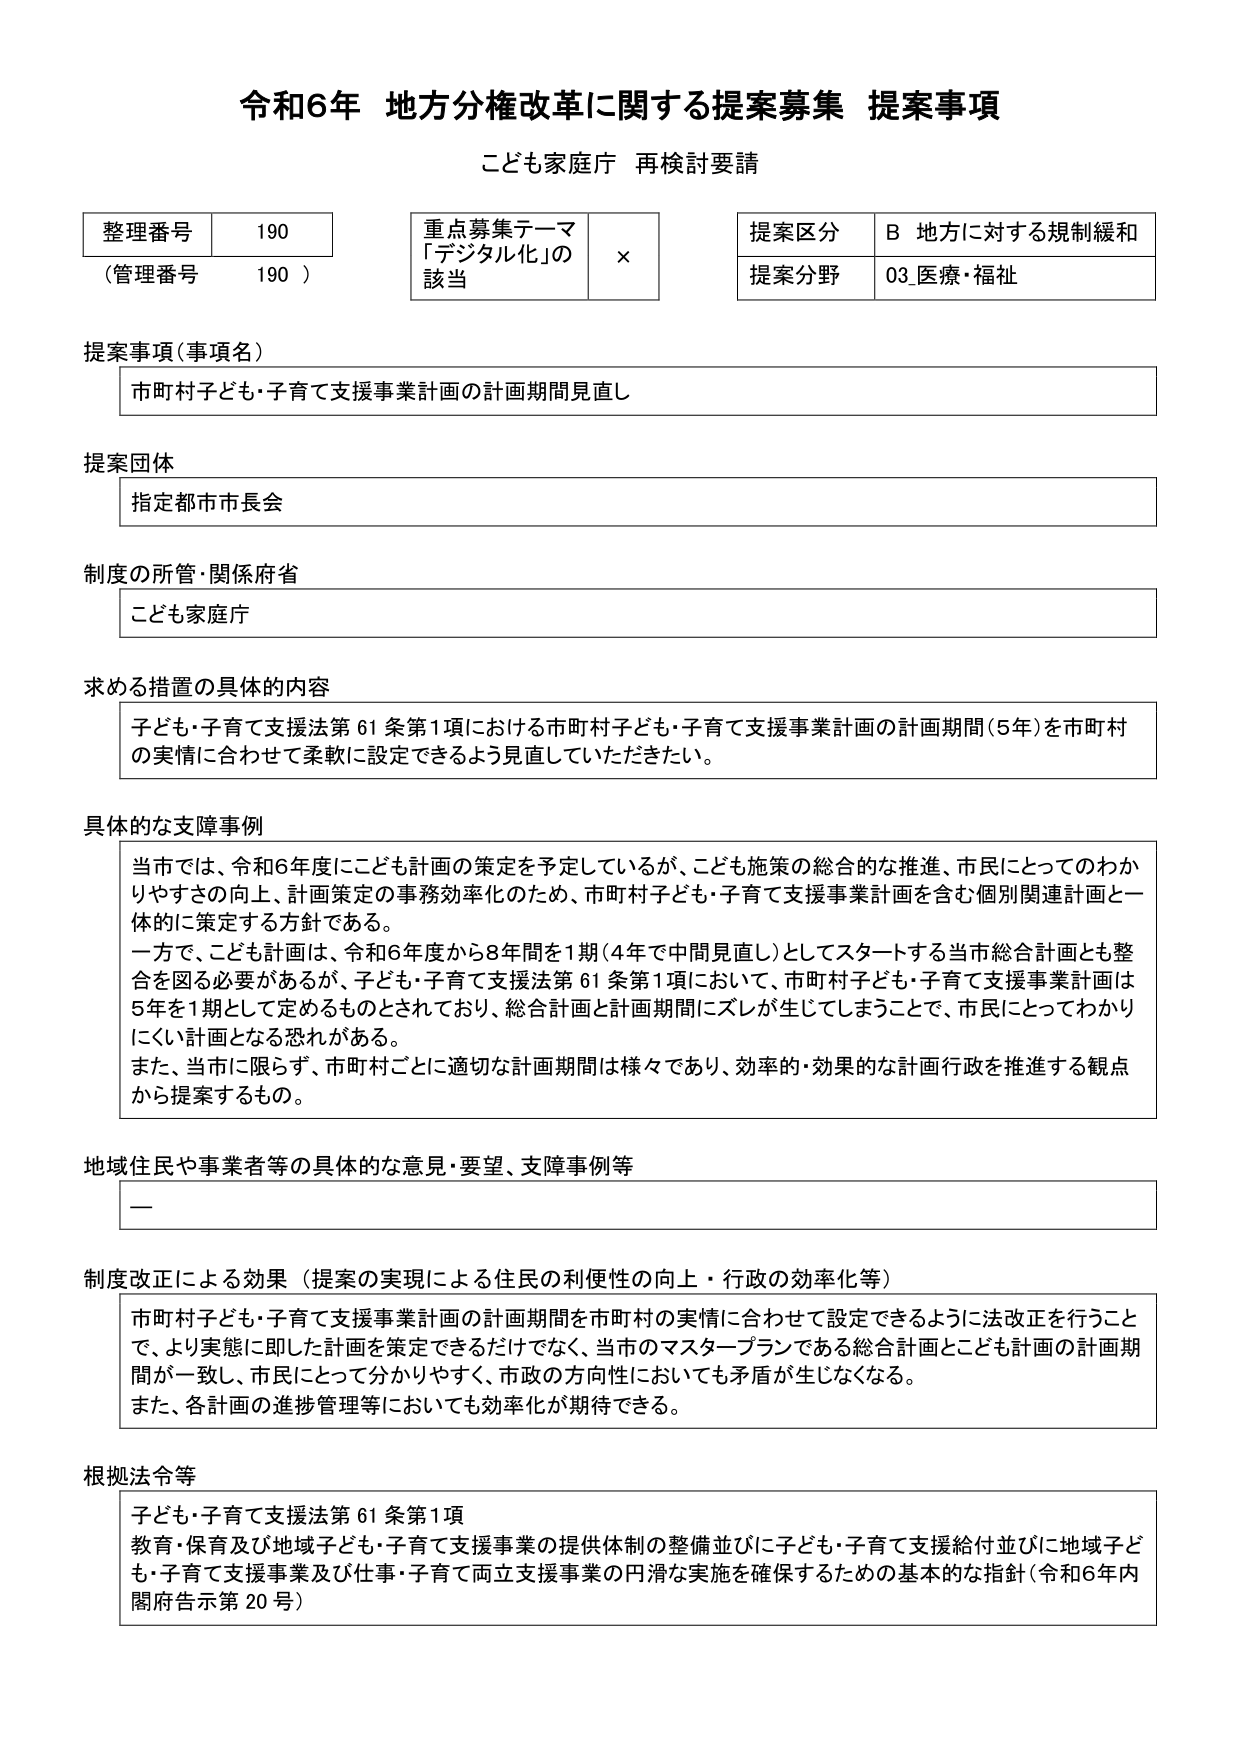
令和6年 地方分権改革に関する提案募集 提案事項
こども家庭庁 再検討要請

整理番号 190
（管理番号 190）

重点募集テーマ
「デジタル化」の
該当 ×

提案区分 B 地方に対する規制緩和
提案分野 03 医療・福祉

提案事項（事項名）
市町村子ども・子育て支援事業計画の計画期間見直し

提案団体
指定都市市長会

制度の所管・関係府省
こども家庭庁

求める措置の具体的内容
子ども・子育て支援法第61条第1項における市町村子ども・子育て支援事業計画の計画期間（5年）を市町村の実情に合わせて柔軟に設定できるよう見直していただきたい。

具体的な支障事例
当市では、令和6年度にこども計画の策定を予定しているが、こども施策の総合的な推進、市民にとってのわかりやすさの向上、計画策定の事務効率化のため、市町村子ども・子育て支援事業計画を含む個別関連計画と一体的に策定する方針である。
一方で、こども計画は、令和6年度から8年間を1期（4年で中間見直し）としてスタートする当市総合計画とも整合を図る必要があるが、子ども・子育て支援法第61条第1項において、市町村子ども・子育て支援事業計画は5年を1期として定めるものとされており、総合計画と計画期間にズレが生じてしまうことで、市民にとってわかりにくい計画となる恐れがある。
また、当市に限らず、市町村ごとに適切な計画期間は様々であり、効率的・効果的な計画行政を推進する観点から提案するもの。

地域住民や事業者等の具体的な意見・要望、支障事例等
—

制度改正による効果（提案の実現による住民の利便性の向上・行政の効率化等）
市町村子ども・子育て支援事業計画の計画期間を市町村の実情に合わせて設定できるように法改正を行うことで、より実態に即した計画を策定できるだけでなく、当市のマスタープランである総合計画とこども計画の計画期間が一致し、市民にとって分かりやすく、市政の方向性においても矛盾が生じなくなる。
また、各計画の進捗管理等においても効率化が期待できる。

根拠法令等
子ども・子育て支援法第61条第1項
教育・保育及び地域子ども・子育て支援事業の提供体制の整備並びに子ども・子育て支援給付並びに地域子ども・子育て支援事業及び仕事・子育て両立支援事業の円滑な実施を確保するための基本的な指針（令和6年内閣府告示第20号）